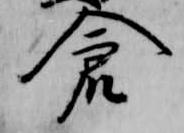
倉